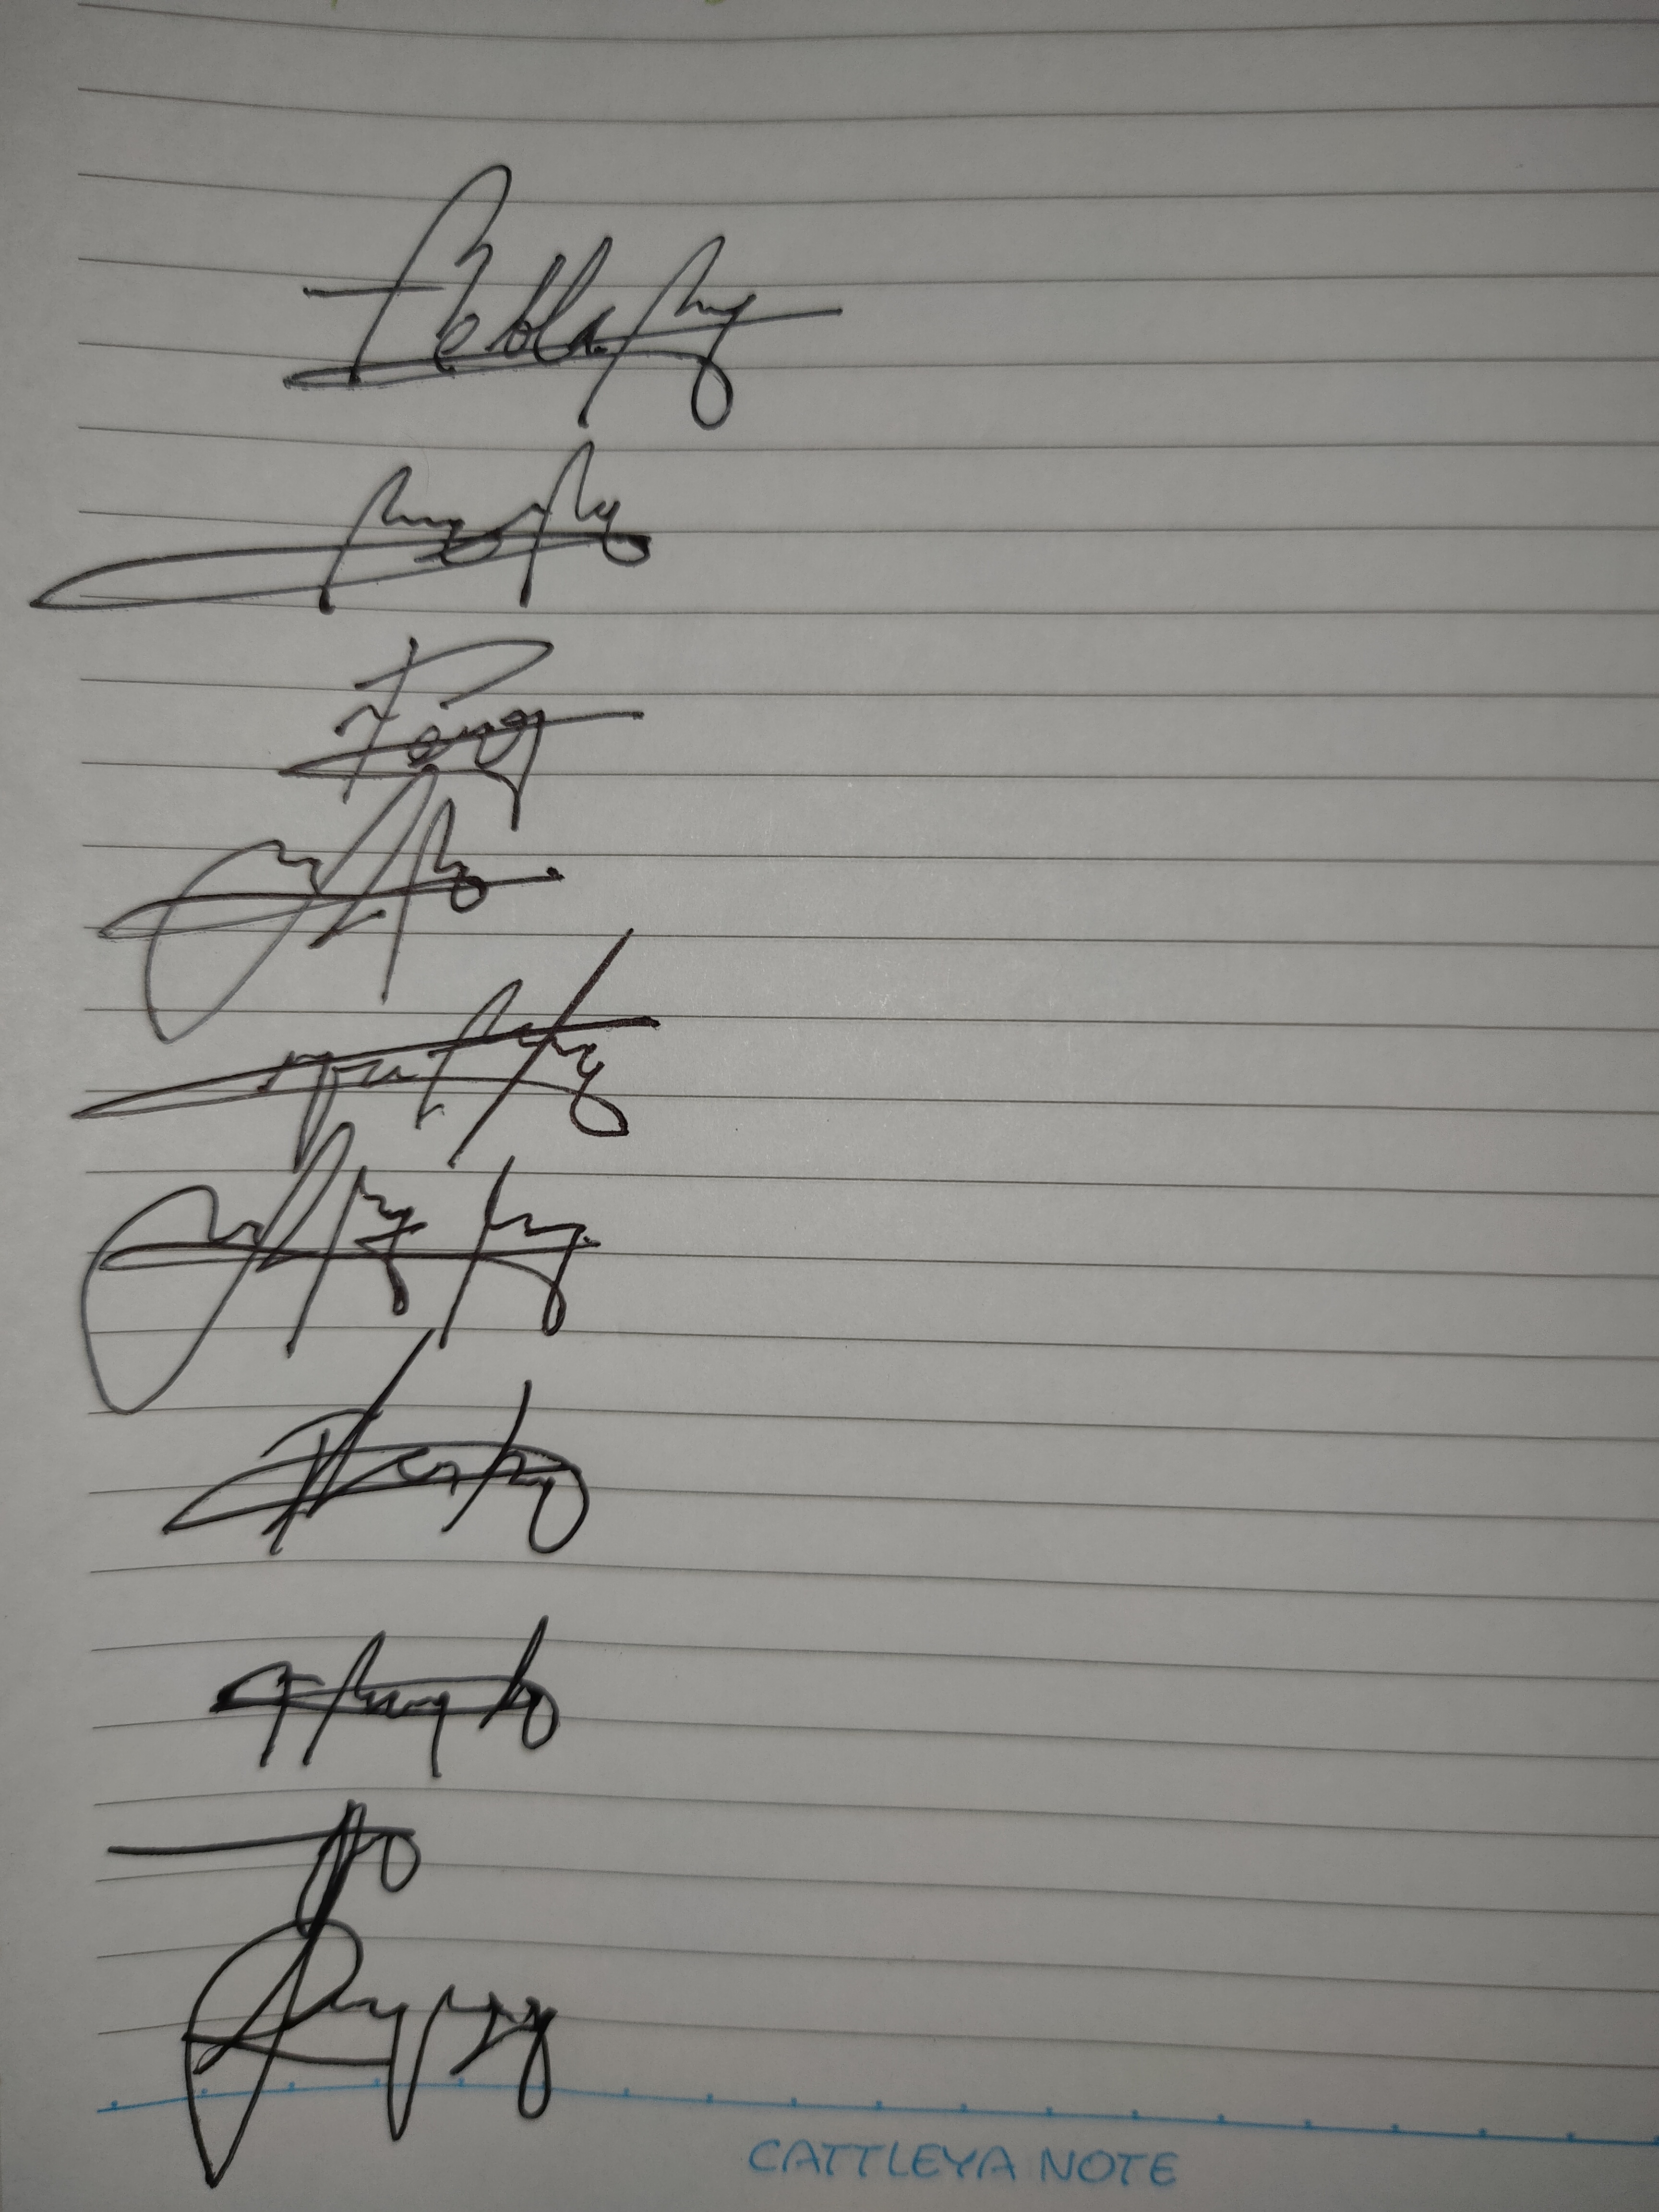
Signature authenticity: genuine